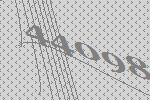
44098